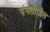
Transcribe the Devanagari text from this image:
पंगतीतील